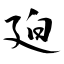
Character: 廹